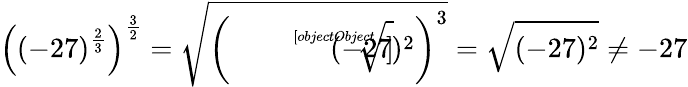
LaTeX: \left((-27)^{\frac{2}{3}}\right)^{\frac{3}{2}}={\sqrt{\left({\sqrt[[objectObject]]{(-27)^{2}}}\right)^{3}}}={\sqrt{(-27)^{2}}}\neq-27